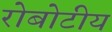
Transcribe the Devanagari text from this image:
रोबोटीय